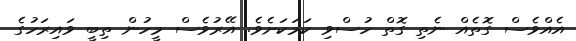
އެއްވެސް ގޮތެއް ނެތި ގޮތް ހުސްވި ކަމަކަށެވެ. އޭރުވެސް މީހުން ތިބީ ވައިރަހުގެ